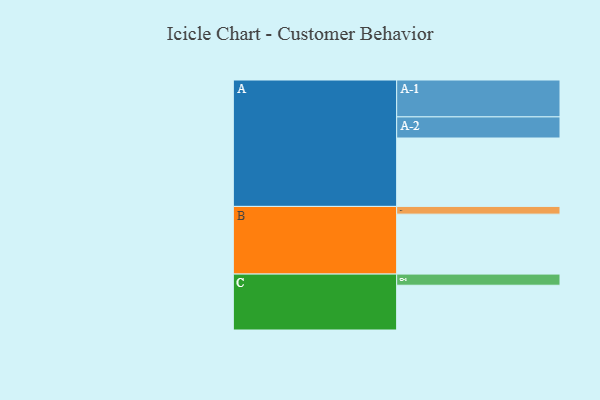
{"axis": {"x": "Segment", "y": "Value"}, "legend": ["", "A", "B", "C"], "data": [{"x": "A", "y": 460, "type": ""}, {"x": "B", "y": 403, "type": ""}, {"x": "C", "y": 301, "type": ""}, {"x": "A-1", "y": 248, "type": "A"}, {"x": "A-2", "y": 142, "type": "A"}, {"x": "B-1", "y": 52, "type": "B"}, {"x": "C-1", "y": 75, "type": "C"}]}